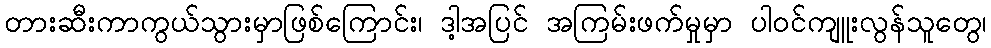
တားဆီးကာကွယ်သွားမှာဖြစ်ကြောင်း၊ ဒါ့အပြင် အကြမ်းဖက်မှုမှာ ပါဝင်ကျူးလွန်သူတွေ၊